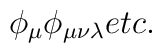
\phi_\mu\\                 \phi_{\mu\nu\lambda}\\		 etc.